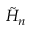
{ \tilde { H } } _ { n }